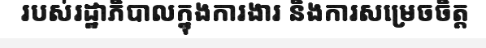
របស់រដ្ឋាភិបាលក្នុងការងារ និងការសម្រេចចិត្ត